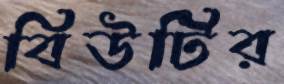
বিউটির